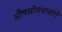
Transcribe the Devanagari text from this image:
औषधोपचाराने